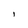
Character: l